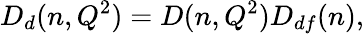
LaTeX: D_{d}(n,Q^{2})=D(n,Q^{2})D_{df}(n),